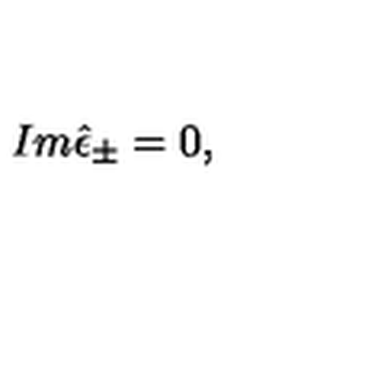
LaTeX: I m \hat { \epsilon } _ { \pm } = 0 ,